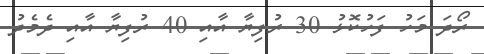
ރޯދަ މަހު ފަހުކޮޅު 30 ރުފިޔާ އާއި 40 ރުފިޔާ އާއި ދެމެދު